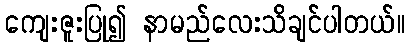
ကျေးဇူးပြု၍ နာမည်လေးသိချင်ပါတယ်။